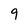
Character: 9